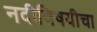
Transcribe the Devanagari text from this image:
नदीविषयीचा